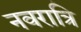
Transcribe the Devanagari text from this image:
नवरात्रि